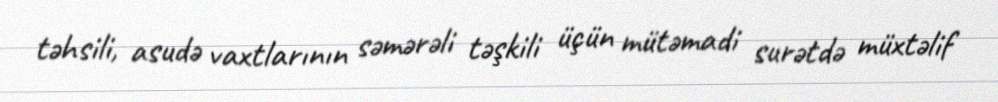
təhsili, asudə vaxtlarının səmərəli təşkili üçün mütəmadi surətdə müxtəlif